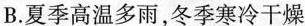
B.夏季高温多雨，冬季寒冷干燥